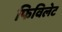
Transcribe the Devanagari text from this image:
फिविलेट